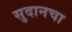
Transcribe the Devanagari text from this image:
सुदानचा